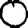
Digit: 0